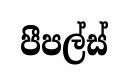
පීපල්ස්